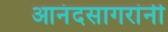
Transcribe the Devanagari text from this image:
आनंदसागरांनी